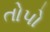
તોપો